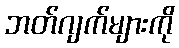
ဘတ်ဂျက်များကို